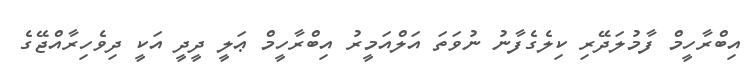
އިބްރާހީމް ފާމުލަދޭރި ކިލެގެފާނު ނުވަތަ އަލްއަމީރު އިބްރާހީމް ޢަލީ ދީދީ އަކީ ދިވެހިރާއްޖޭގެ